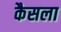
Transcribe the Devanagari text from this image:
कैसला